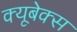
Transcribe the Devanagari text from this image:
क्यूबेक्स